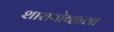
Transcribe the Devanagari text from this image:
शारापोव्हाला